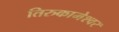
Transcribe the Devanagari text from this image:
तिरुकामेश्वर